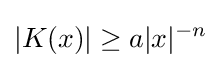
|K(x)|\geq a|x|^{-n}